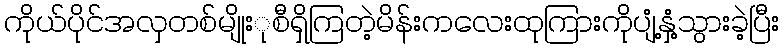
ကိုယ်ပိုင်အလှတစ်မျိုးုစီရှိကြတဲ့မိန်းကလေးထုကြားကိုပျံ့နှံ့သွားခဲ့ပြီး